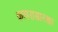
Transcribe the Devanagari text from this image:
कापरासारखा